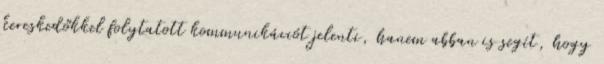
kereskedőkkel folytatott kommunikációt jelenti, hanem abban is segít, hogy